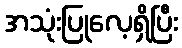
အသုံးပြုလေ့ရှိပြီး